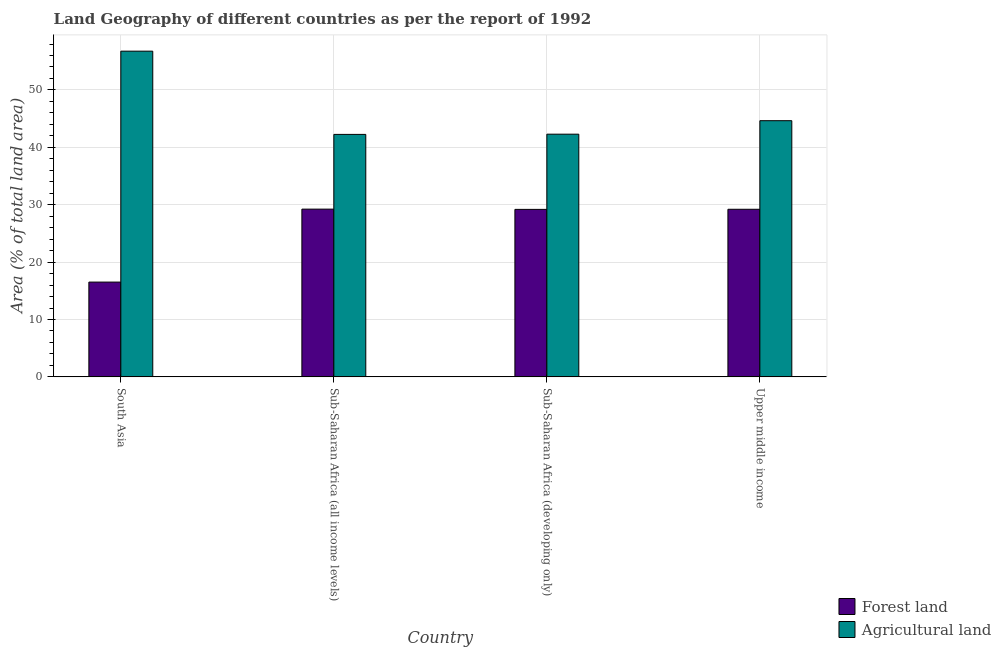
| Country | Forest land | Agricultural land |
 | --- | --- | --- |
 | South Asia | 16.5 | 56.8 |
 | Sub-Saharan Africa (all income levels) | 29.2 | 42.3 |
 | Sub-Saharan Africa (developing only) | 29.2 | 42.3 |
 | Upper middle income | 29.2 | 44.6 |